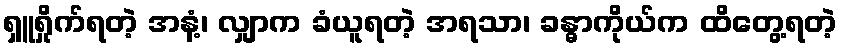
ရှူရှိုက်ရတဲ့ အနံ့၊ လျှာက ခံယူရတဲ့ အရသာ၊ ခန္ဓာကိုယ်က ထိတွေ့ရတဲ့